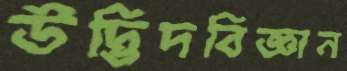
উদ্ভিদবিজ্ঞান